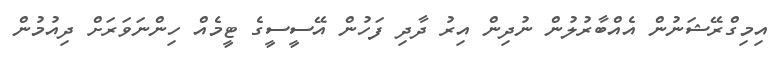
އިމިގްރޭޝަނުން އެއްބާރުލުން ނުދިން އިރު ދާދި ފަހުން އޭސީސީގެ ޓީމެއް ހިންނަވަރަށް ދިއުމުން